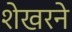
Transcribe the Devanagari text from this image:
शेखरने